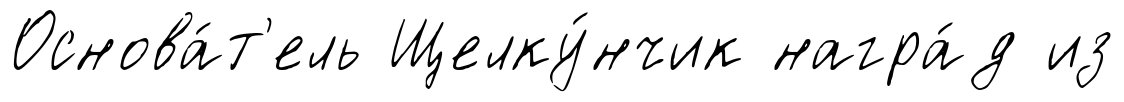
Основа́т'ель Щелку́нчик награ́д из